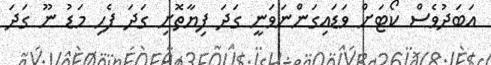
އަބަދުވެސް ކޯޓަށް ވަޑައިގަންނަވަނީ ގަދަ ފިޔާތޮށި ގަދަ ފެހި މަޑު ނޫ ގަދަ